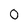
Character: 0